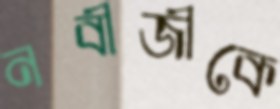
নবীজীকে